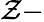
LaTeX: \mathcal{Z}-